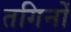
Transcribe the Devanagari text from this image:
तगिनों